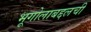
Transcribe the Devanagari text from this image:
भूगोलाबद्दलची